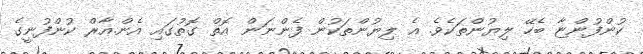
ކުންފުންޏާ ބެހޭ ލިޔުންތަކެވެ. އެ ލިޔުންތަކުން ފެންނަން އޮތް ގޮތުގައި އެން.އާރް ކުންފުނީގެ